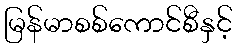
မြန်မာစစ်ကောင်စီနှင့်